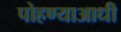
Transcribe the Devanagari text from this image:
पोहण्याआधी